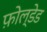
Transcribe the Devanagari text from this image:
फ़ोल्डेड